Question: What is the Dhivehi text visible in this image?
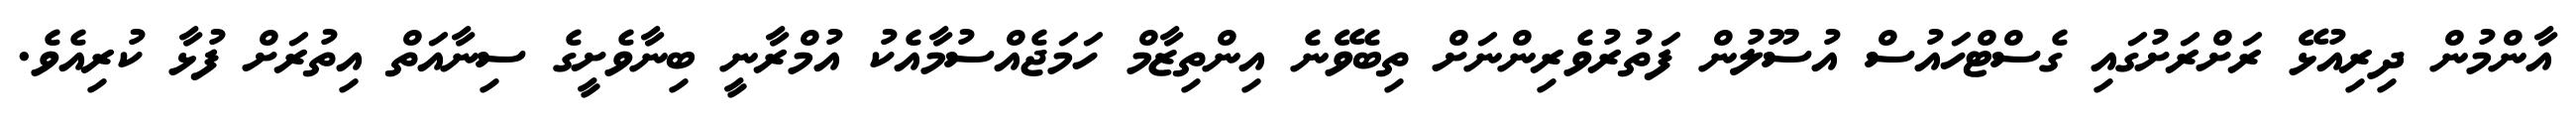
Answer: އާންމުން ދިރިއުޅޭ ރަށްރަށުގައި ގެސްޓްހައުސް އުސޫލުން ފަތުރުވެރިންނަށް ތިބެވޭނެ އިންތިޒާމް ހަމަޖެއްސުމާއެކު އުމްރާނީ ބިނާވެށީގެ ސިނާއަތް އިތުރަށް ފުޅާ ކުރިއެވެ.